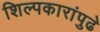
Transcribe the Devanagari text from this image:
शिल्पकारांपुढे